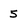
Character: 5